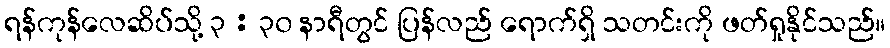
ရန်ကုန်လေဆိပ်သို့ ၃ : ၃၀ နာရီတွင် ပြန်လည် ရောက်ရှိ သတင်းကို ဖတ်ရှုနိုင်သည်။